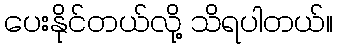
ပေးနိုင်တယ်လို့ သိရပါတယ်။